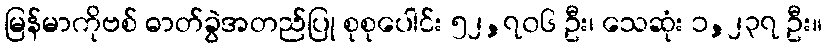
မြန်မာကိုဗစ် ဓာတ်ခွဲအတည်ပြု စုစုပေါင်း ၅၂,၇၀၆ ဦး၊ သေဆုံး ၁,၂၃၇ ဦး။